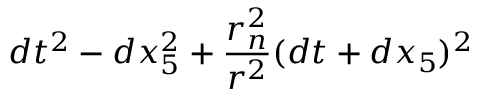
d t ^ { 2 } - d x _ { 5 } ^ { 2 } + { \frac { r _ { n } ^ { 2 } } { r ^ { 2 } } } ( d t + d x _ { 5 } ) ^ { 2 }